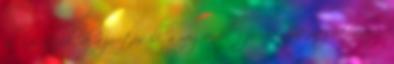
előkészítjük, de a javítás ill. a megrendelői jóváhagyás megérkezéséig